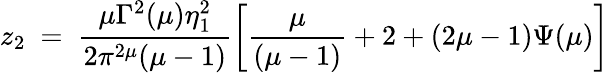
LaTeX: z_{2}~=~\frac{\mu\Gamma^{2}(\mu)\eta_{1}^{2}}{2\pi^{2\mu}(\mu-1)}\left[\frac{\mu}{(\mu-1)}+2+(2\mu-1)\Psi(\mu)\right]